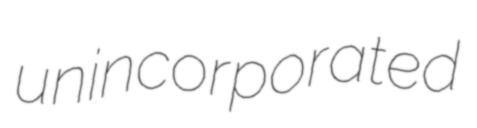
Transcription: unincorporated